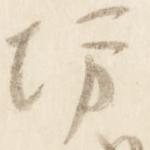
坊